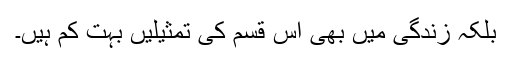
بلکہ زندگی میں بھی اس قسم کی تمثیلیں بہت کم ہیں۔